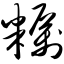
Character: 粝